Vaccination in Burma 1912-1922 - 1912-1922
Year: 1912
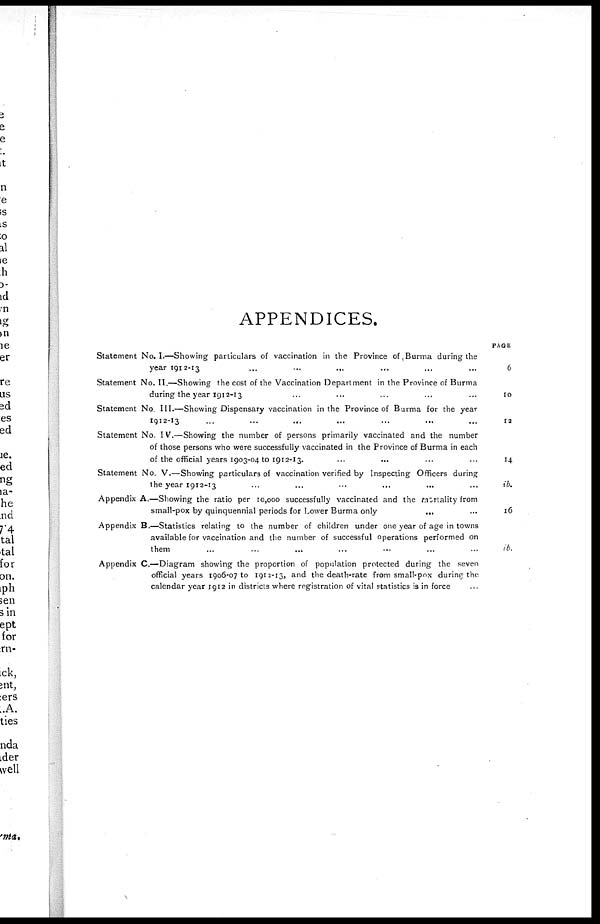
APPENDICES.
Statement No. I.—Showing particulars of vaccination in the Province of, Burma during the
year 1912-13 ... ... ... ... ... ...
Statement No. II.—Showing the cost of the Vaccination Department in the Province of Burma
during the year 1912-13 ... ... ... ... ...
Statement No. III.—Showing Dispensary vaccination in the Province of Burma for the year
1912-13 ... ... ... ... ... ... ...
Statement No. IV.—Showing the number of persons primarily vaccinated and the number
of those persons who were successfully vaccinated in the Province of Burma in each
of the official years 1903-04 to 1912-13. ... ... ... ...
Statement No. V.—Showing particulars of vaccination verified by Inspecting Officers during
the year 1912-13 ... ... ... ... ... ...
Appendix A.—Showing the ratio per 10,000 successfully vaccinated and the mortality from
small-pox by quinquennial periods for Lower Burma only
...
...
Appendix B.—Statistics relating to the number of children under one year of age in towns
available for vaccination and the number of successful operations performed on
them ... ... ... ... ... ... ...
Appendix C—Diagram showing the proportion of population protected during the seven
official years 1906-07 to 1912-13, and the death-rate from small-pox during the
calendar year 1912 in districts where registration of vital statistics is in force ...
PAGE
6
10
12
14
ib.
16
ib.